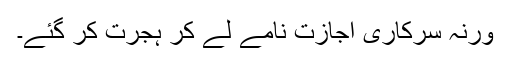
ورنہ سرکاری اجازت نامے لے کر ہجرت کر گئے۔